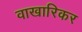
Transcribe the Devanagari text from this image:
वाखारिकर